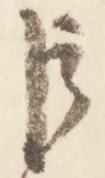
臣